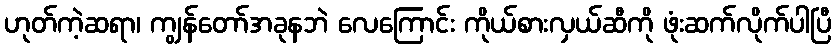
ဟုတ်ကဲ့ဆရာ၊ ကျွန်တော်အခုနဘဲ လေကြောင်း ကိုယ်စားလှယ်ဆီကို ဖုံးဆက်လိုက်ပါပြီ